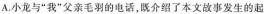
A.小龙与“我”父亲毛羽的电话，即介绍了本文故事发生的起